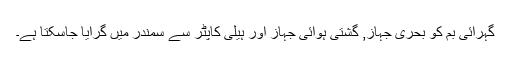
گہرائی بم کو بحری جہاز, گشتی ہوائی جہاز اور ہیلی کاپٹر سے سمندر میں گرایا جاسکتا ہے۔